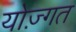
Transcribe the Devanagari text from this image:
योज़्गत